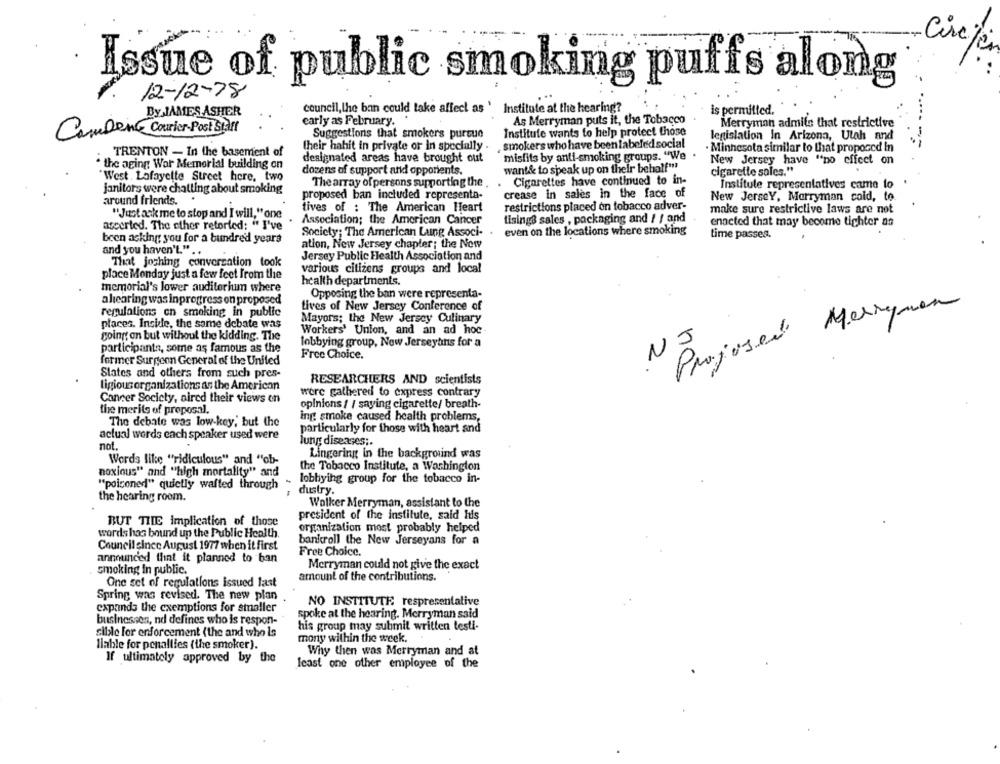
-Circles
Issue of public smoking puffs along
12 - 12 - 78
Institute at the hearing?
By JAMES ASHER
council, lhe ban could take affect as '
is permitted.
early as February.
As Merryman puts it, the Tobacco
Merryman admits that restrictive
Cambent Courier Post Staff
Suggestions that smokers pursue
Institute wants to help protect those
legislation In Arizona, Utah and
smokers who have been labeled social
TRENTON - In the basement of
their hahit in private or in specially .
Minnesota similar to that proposed in
designated areas have brought out
misfits by anti-smoking groups. "We
New Jersey have "no effect on
. the aging War Memorial building on
want& to speak up on their behalf"
dozens of support and opporients.
cigarette sales."
West Lafayette Street here. two
The array of persons supporting the .
Cigarettes have continued to in-
janitors were chatting about smoking
Institule representatives came to
proposed ban included representa-
crease in sales in the face of
New Jersey, Marryman cold, to.
around friends.
restrictions placed on tobacco adver-
"Just ask me to stop and I will," one
tives of : The American Heart
make sure restrictive laws are not
Association; the American Cancer
tisings sales , packaging and / / and
ascerted. The other retorted: " I've
even on the locations where smoking
enacted that may become tighter as
Society; The American Lung Associ-
time passes.
been asking you for a bundred years
ation, New Jersey chapter; the Now
and you haven't." ..
Jersey Public Health Association and
That joshing conversation took
place Monday just a few feet from the
various citizens groups and local
health departments.
memorial's lower auditorium where
Opposing the ban were representa-
ahearing was inprogress on proposed
Lives of New Jersey Conference of
regulations on smoking in public
Projused Merrymen
Mayors; the New Jersey Culinary
places. Incide, the same debate was
going on but without the kidding. The
Workers' Union, and an ad hoc
lobbying group, New Jerseytins for a
participants, some as famous as the
NJ
Free Choice.
former Surgeon General of the United
States and others from such pres-
RESEARCHERS AND scientists
ligious organizations as the American
were gathered to express contrary
Cancer Society, aired their views on
opinions / / saying cigarette/ breath-
the merits of proposal.
ing smoke caused health problems,
The debate was low-key, but the
particularly for those with heart and
actual words each speaker used were
lung diseases ;.
not.
Lingering in the background was
Words like "ridiculous" and "ob-
the Tobacco Institute, a Washington
noxious" and "high mortality" and
lobbying group for the tobacco in-
"poiconeri" quietly wafted through
dustry.
the hearing room.
Walker Merryman, assistant to the
president of the institute, said his
BUT TIIE implication of those
organization most probably helped
words has bound up the Public Health.
bankroll the New Jerseyans for a
Council since August 1977 when it first
announced that it planned to ban
Free Choice.
Merryman could not give the exact
smoking In public.
amount of the contributions.
One set of regulations issued last
Spring was revised. The new plan
NO INSTITUTE respresentalive
expands the exemptions for smaller
businesses, nd defines who is respon-
spoke at the hearing. Merryman said
his group may submit written testi-
cible for enforcement (the and who is
mony within the week.
Ilable for penalties (the smoker).
Why then was Merryman and at
If ultimately approved by the
least one other employee of the